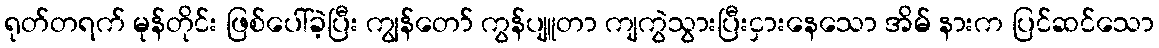
ရုတ်တရက် မုန်တိုင်း ဖြစ်ပေါ်ခဲ့ပြီး ကျွန်တော် ကွန်ပျူတာ ကျကွဲသွားပြီးငှားနေသော အိမ် နားက ပြင်ဆင်သော